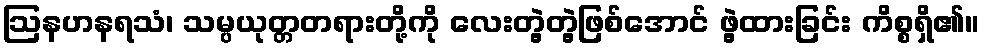
ဩနဟနရသံ၊ သမ္ပယုတ္တတရားတို့ကို လေးတွဲ့တွဲ့ဖြစ်အောင် ဖွဲ့ထားခြင်း ကိစ္စရှိ၏။